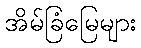
အိမ်ခြံမြေများ